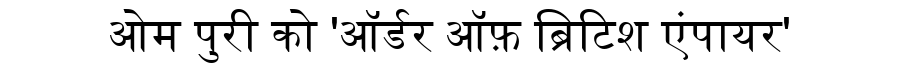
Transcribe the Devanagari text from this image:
ओम पुरी को 'ऑर्डर ऑफ़ ब्रिटिश एंपायर'